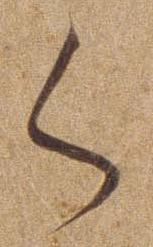
さ